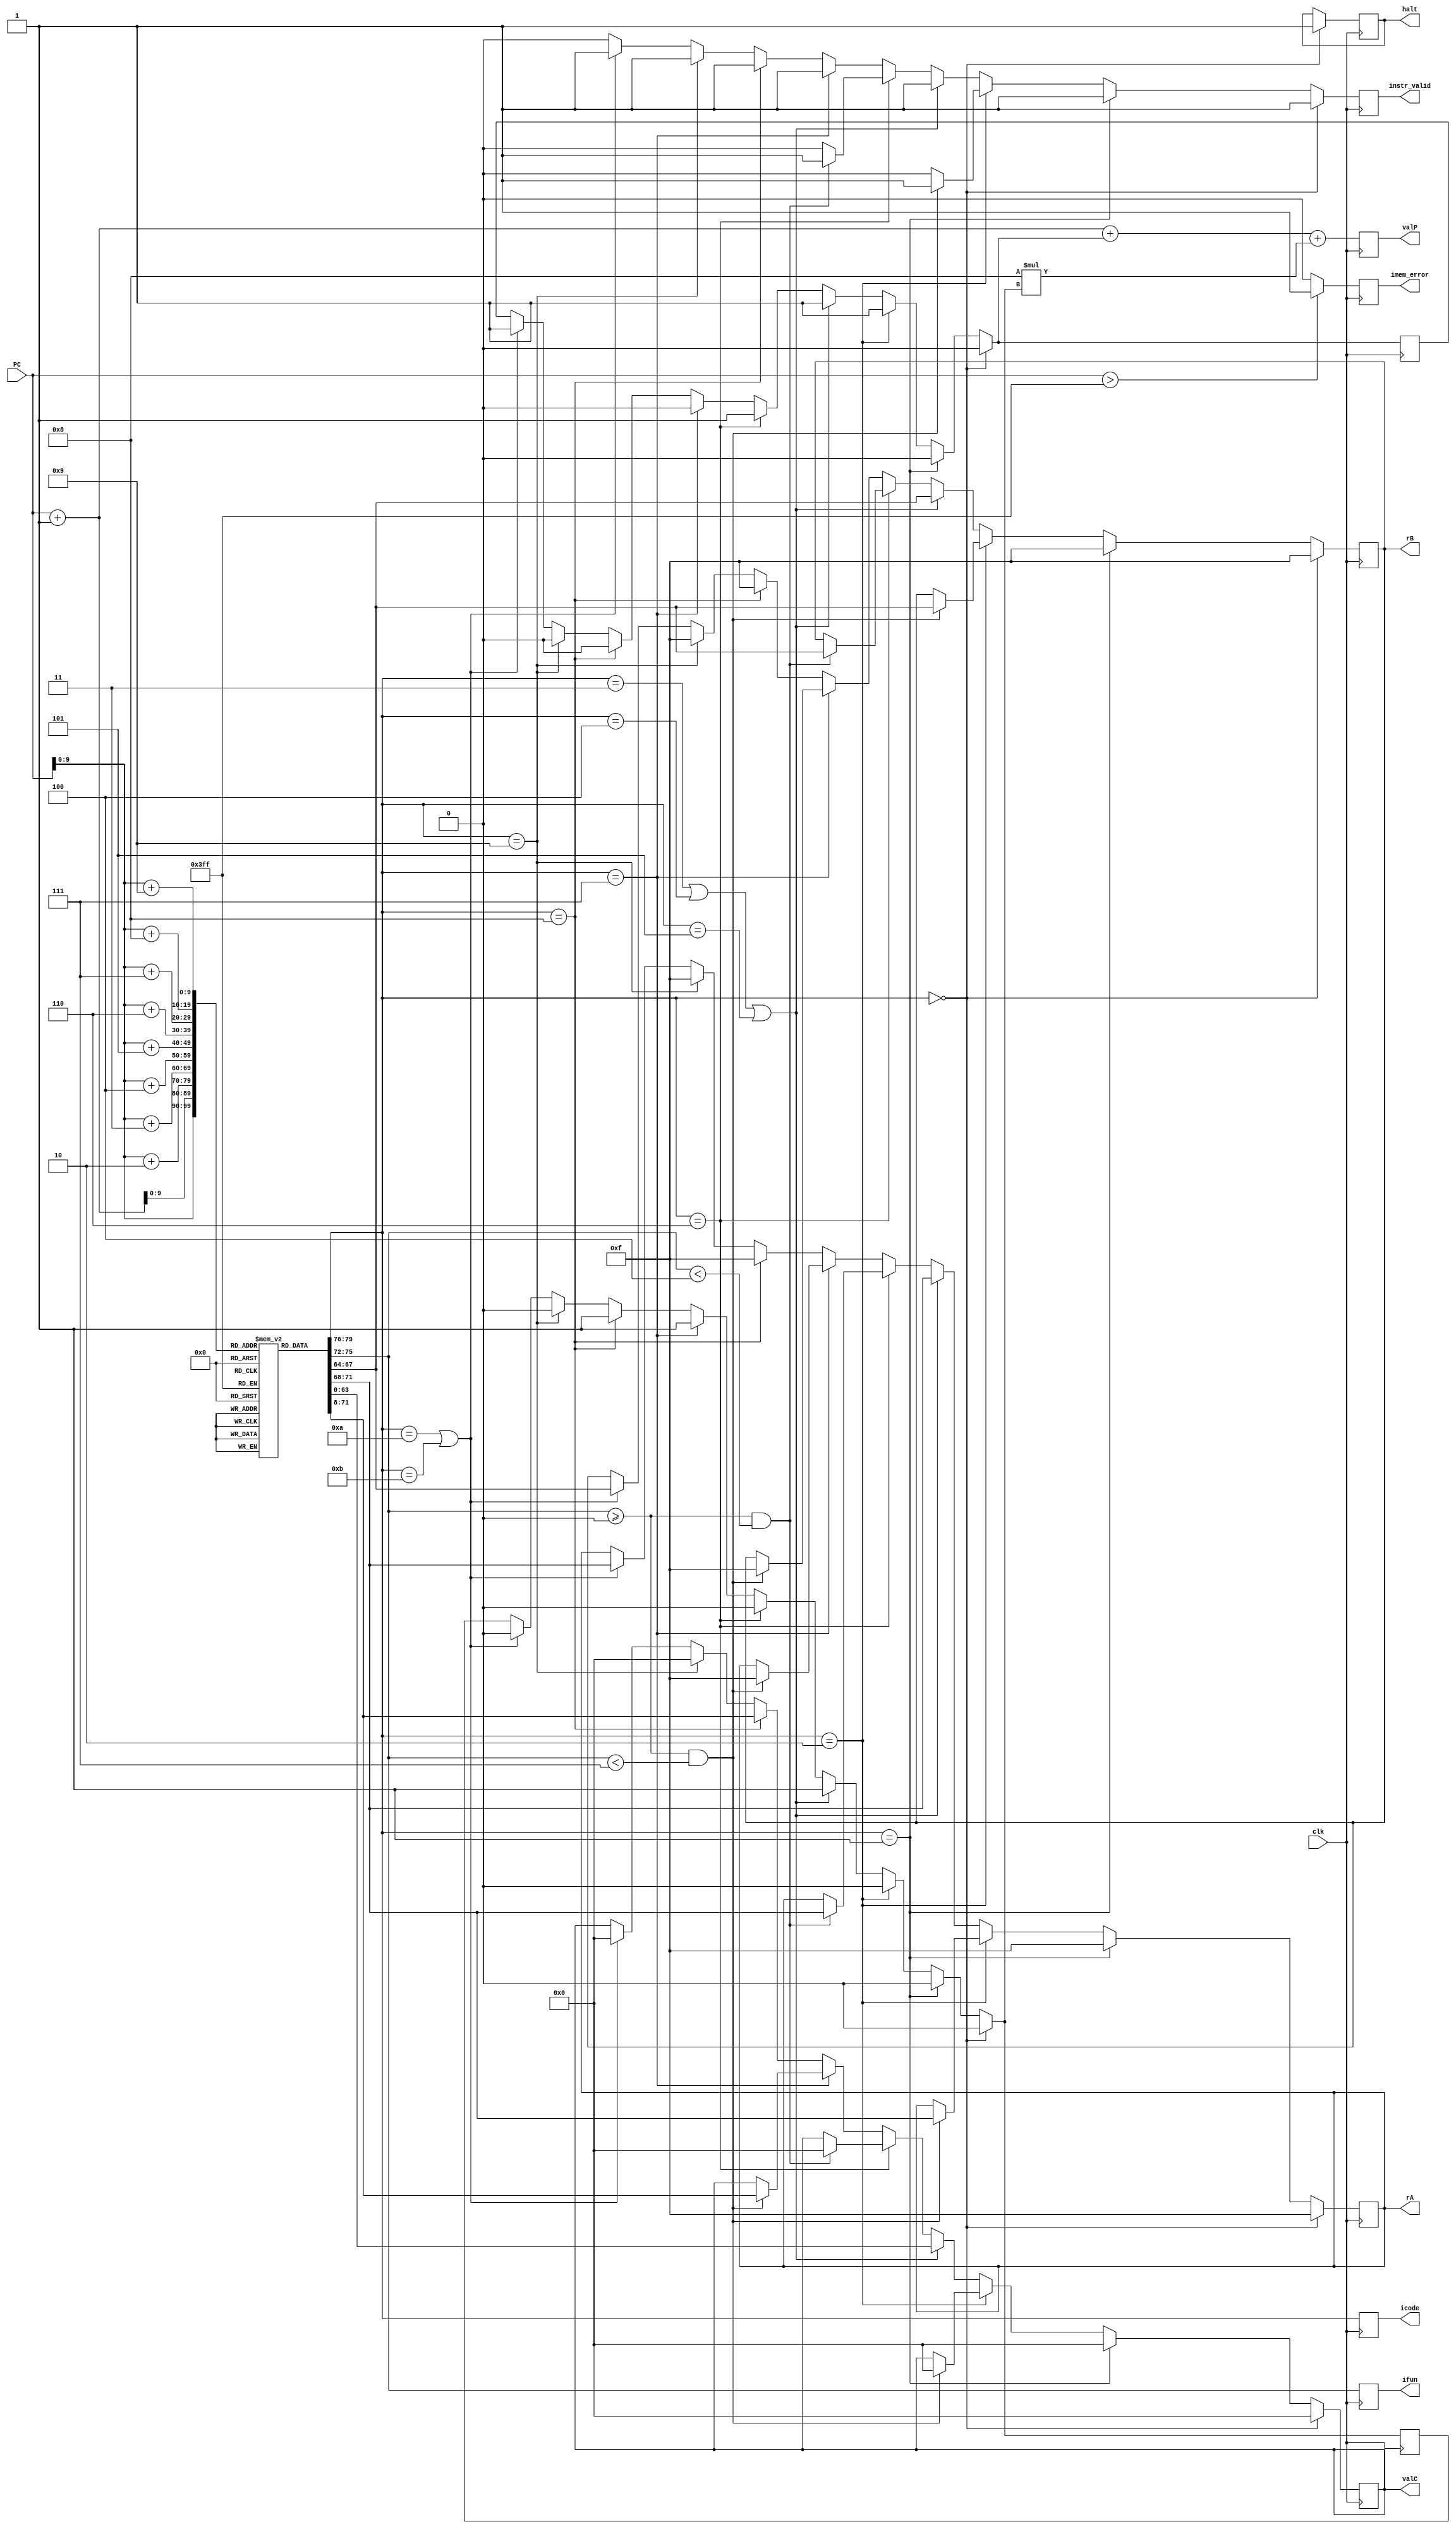
module fetch(icode,ifun,imem_error,instr_valid,halt,rA,rB,valC,valP,PC,clk);

input clk;
input [63:0] PC;                        //64 bit program counter

output reg [3:0] icode;
output reg [3:0] ifun;
output reg [3:0] rA;
output reg [3:0] rB;
output reg [63:0] valC;
output reg [63:0] valP;
output reg imem_error;
output reg instr_valid;
output reg halt;

reg [7:0] instr_mem[1023:0];            //1kb instruction_memory
reg [79:0] instr;                       //instruction
reg need_reg_ids;
reg need_valC;

initial begin
                //initialize instr_mem

    instr_mem[420] = 8'h00;             //halt

    instr_mem[421] = 8'h10;             //nop
    
    instr_mem[422] = 8'h20;             //rrmov 
    instr_mem[423] = 8'h03;                 //rax rbx
    instr_mem[424] = 8'h21;             //cmovle
    instr_mem[425] = 8'h11;                 //rcx rcx **
    instr_mem[426] = 8'h22;             //cmovl
    instr_mem[427] = 8'hde;                 //r13 r14
    instr_mem[428] = 8'h23;             //cmove
    instr_mem[429] = 8'hff;                 //no_reg no_reg **
    instr_mem[430] = 8'h24;             //cmovne
    instr_mem[431] = 8'hf0;                 //no_reg rax **
    instr_mem[432] = 8'h25;             //cmovge
    instr_mem[433] = 8'h1f;                 //rcx no_reg **
    instr_mem[434] = 8'h26;             //cmovg
    instr_mem[435] = 8'h12;                 //rcx rdx
    
    instr_mem[436] = 8'h30;             //irmov
    instr_mem[437] = 8'h02;                 //rax rcx
    instr_mem[438] = 8'h00;             
    instr_mem[439] = 8'h00;
    instr_mem[440] = 8'h00;
    instr_mem[441] = 8'h00;
    instr_mem[442] = 8'h00;
    instr_mem[443] = 8'h00;
    instr_mem[444] = 8'h00;
    instr_mem[445] = 8'h13;                 //19

    instr_mem[446] = 8'h40;             //rmmov
    instr_mem[447] = 8'h01;                 //rax rcx
    instr_mem[448] = 8'h00;
    instr_mem[449] = 8'h00;
    instr_mem[450] = 8'h00;
    instr_mem[451] = 8'h00;
    instr_mem[452] = 8'h00;
    instr_mem[453] = 8'h00;
    instr_mem[454] = 8'h00;
    instr_mem[455] = 8'hfa;                 //250

    instr_mem[456] = 8'h50;             //mrmov
    instr_mem[457] = 8'h01;                 //rax rcx
    instr_mem[458] = 8'h00;
    instr_mem[459] = 8'h00;
    instr_mem[460] = 8'h00;
    instr_mem[461] = 8'h00;
    instr_mem[462] = 8'h00;
    instr_mem[463] = 8'h00;
    instr_mem[464] = 8'h00;
    instr_mem[465] = 8'h08;                 //8

    instr_mem[466] = 8'h60;             //OP add
    instr_mem[467] = 8'h02;                 //rax rdx
    instr_mem[468] = 8'h61;             //OP subtract
    instr_mem[469] = 8'h01;                 //rax rcx
    instr_mem[470] = 8'h62;             //OP and
    instr_mem[471] = 8'h03;                 //rax rbx
    instr_mem[472] = 8'h63;             //OP exor
    instr_mem[473] = 8'h13;                 //rcx rbx

    instr_mem[474] = 8'h70;             //jmp
    instr_mem[475] = 8'h00;
    instr_mem[476] = 8'h00;
    instr_mem[477] = 8'h00;
    instr_mem[478] = 8'h00;
    instr_mem[479] = 8'h00;
    instr_mem[480] = 8'h00;
    instr_mem[481] = 8'h00;
    instr_mem[482] = 8'hd8;                 //216
    instr_mem[483] = 8'h71;             //jle
    instr_mem[484] = 8'h00;
    instr_mem[485] = 8'h00;
    instr_mem[486] = 8'h00;
    instr_mem[487] = 8'h00;
    instr_mem[488] = 8'h00;
    instr_mem[489] = 8'h00;
    instr_mem[490] = 8'h00;
    instr_mem[491] = 8'hff;                 //255
    instr_mem[492] = 8'h72;             //jl
    instr_mem[493] = 8'h00;
    instr_mem[494] = 8'h00;
    instr_mem[495] = 8'h00;
    instr_mem[496] = 8'h00;
    instr_mem[497] = 8'h00;
    instr_mem[498] = 8'h00;
    instr_mem[499] = 8'h00;
    instr_mem[500] = 8'h0f;                 //15
    instr_mem[501] = 8'h73;             //je
    instr_mem[502] = 8'h00;
    instr_mem[503] = 8'h00;
    instr_mem[504] = 8'h00;
    instr_mem[505] = 8'h00;
    instr_mem[506] = 8'h00;
    instr_mem[507] = 8'h00;
    instr_mem[508] = 8'h00;
    instr_mem[509] = 8'h2d;                 //45
    instr_mem[510] = 8'h74;             //jne
    instr_mem[511] = 8'h00;
    instr_mem[512] = 8'h00;
    instr_mem[513] = 8'h00;
    instr_mem[514] = 8'h00;
    instr_mem[515] = 8'h00;
    instr_mem[516] = 8'h00;
    instr_mem[517] = 8'h00;
    instr_mem[518] = 8'h01;                 //1
    instr_mem[519] = 8'h75;             //jge
    instr_mem[520] = 8'h00;
    instr_mem[521] = 8'h00;
    instr_mem[522] = 8'h00;
    instr_mem[523] = 8'h00;
    instr_mem[524] = 8'h00;
    instr_mem[525] = 8'h00;
    instr_mem[526] = 8'h00;
    instr_mem[527] = 8'h84;                 //132
    instr_mem[528] = 8'h76;             //jg
    instr_mem[529] = 8'h00;
    instr_mem[530] = 8'h00;
    instr_mem[531] = 8'h00;
    instr_mem[532] = 8'h00;
    instr_mem[533] = 8'h00;
    instr_mem[534] = 8'h00;
    instr_mem[535] = 8'h00;
    instr_mem[536] = 8'he3;                 //227

    instr_mem[537] = 8'h80;             //call
    instr_mem[538] = 8'h00;
    instr_mem[539] = 8'h00;
    instr_mem[540] = 8'h00;
    instr_mem[541] = 8'h00;
    instr_mem[542] = 8'h00;
    instr_mem[543] = 8'h00;
    instr_mem[544] = 8'h00;
    instr_mem[545] = 8'h48;                 //72

    instr_mem[546] = 8'h90;             //ret

    instr_mem[547] = 8'ha0;             //pushq
    instr_mem[548] = 8'h90;                 //r9

    instr_mem[549] = 8'hb0;             //popq
    instr_mem[550] = 8'h20;                 //rdx

    //initialize halt
    halt = 0;
end

always @(posedge clk)
begin
  
                //reading first 10 bytes from PC 
    instr[79:72] = instr_mem[PC];
    instr[71:64] = instr_mem[PC+1];
    instr[63:56] = instr_mem[PC+2];
    instr[55:48] = instr_mem[PC+3];
    instr[47:40] = instr_mem[PC+4];
    instr[39:32] = instr_mem[PC+5];
    instr[31:24] = instr_mem[PC+6];
    instr[23:16] = instr_mem[PC+7];
    instr[15:8]  = instr_mem[PC+8];
    instr[7:0]   = instr_mem[PC+9];   
    

                //imem_error

    imem_error = 0;
    if (PC>1023)                            //since instr_mem is 1kb
        begin
            imem_error = 1;
        end

                //split

    icode[3:0] = instr[79:76];
    ifun[3:0] = instr[75:72];


                //align

    if (icode==4'h0)                  
        begin
            rA[3:0] = 4'hf;
            rB[3:0] = 4'hf;
            valC = 64'h0;
            need_reg_ids = 0;
            need_valC = 0;
            instr_valid = 1; 
            halt = 1;
        end
    else if (icode==4'h1)                  
        begin
            rA[3:0] = 4'hf;
            rB[3:0] = 4'hf;
            valC = 64'h0;
            need_reg_ids = 0;
            need_valC = 0;
            instr_valid = 1; 
        end
    else if (icode==4'h2)               
        begin
            if ((ifun>=4'h0)&&(ifun<4'h7))
                begin
                    rA[3:0] = instr[71:68];
                    rB[3:0] = instr[67:64];
                    valC[63:0] = 64'h0;
                    need_reg_ids = 1;
                    need_valC = 0;
                    instr_valid = 1;
                end
            else
                begin
                    need_reg_ids = 1;
                    need_valC = 0;
                    instr_valid = 0;
                end
        end
    else if ((icode==4'h3)||(icode==4'h4)||(icode==4'h5))            
        begin
                rA[3:0] = instr[71:68];
                rB[3:0] = instr[67:64];
                valC[63:0] = instr[63:0];
                need_reg_ids = 1;
                need_valC = 1;
                instr_valid = 1;
        end
    else if (icode==4'h6)               
        begin
            if ((ifun>=4'h0)&&(ifun<4'h4))
                begin
                    rA[3:0] = instr[71:68];
                    rB[3:0] = instr[67:64];
                    valC[63:0] = 64'h0;
                    need_reg_ids = 1;
                    need_valC = 0;
                    instr_valid = 1;
                end
            else
                begin
                    need_reg_ids = 1;
                    need_valC = 0;
                    instr_valid = 0;
                end
        end
    else if (icode==4'h7)                        
        begin
            if ((ifun>=4'h0)&&(ifun<4'h7))
                begin
                    rA[3:0] = 4'hf;
                    rB[3:0] = 4'hf;
                    valC[63:0] = instr[71:8];
                    need_reg_ids = 0;
                    need_valC = 1;
                    instr_valid = 1;
                end
            else
                begin
                    need_reg_ids = 0;
                    need_valC = 1;
                    instr_valid = 1;
                end
        end
    else if (icode==4'h8)                        
        begin
            rA[3:0] = 4'hf;
            rB[3:0] = 4'hf;
            valC[63:0] = instr[71:8];
            need_reg_ids = 0;
            need_valC = 1;
            instr_valid = 1;
        end
    else if (icode==4'h9)                  
        begin
            rA[3:0] = 4'hf;
            rB[3:0] = 4'hf;
            valC[63:0] = 64'h0;
            need_reg_ids = 0;
            need_valC = 0;
            instr_valid = 1; 
        end
    else if ((icode==4'ha)||(icode==4'hb))               
        begin
                rA[3:0] = instr[71:68];
                rB[3:0] = instr[67:64];
                valC[63:0] = 64'h0;
                need_reg_ids = 1;
                need_valC = 0;
                instr_valid = 1;
        end
    else
        begin
            instr_valid = 0;
        end

                    //PC increment

    valP = PC + 1 + need_reg_ids + 8*need_valC;

end


endmodule